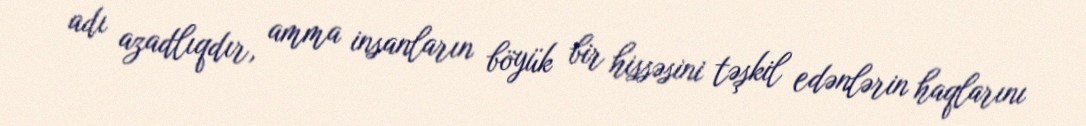
adı azadlıqdır, amma insanların böyük bir hissəsini təşkil edənlərin haqlarını